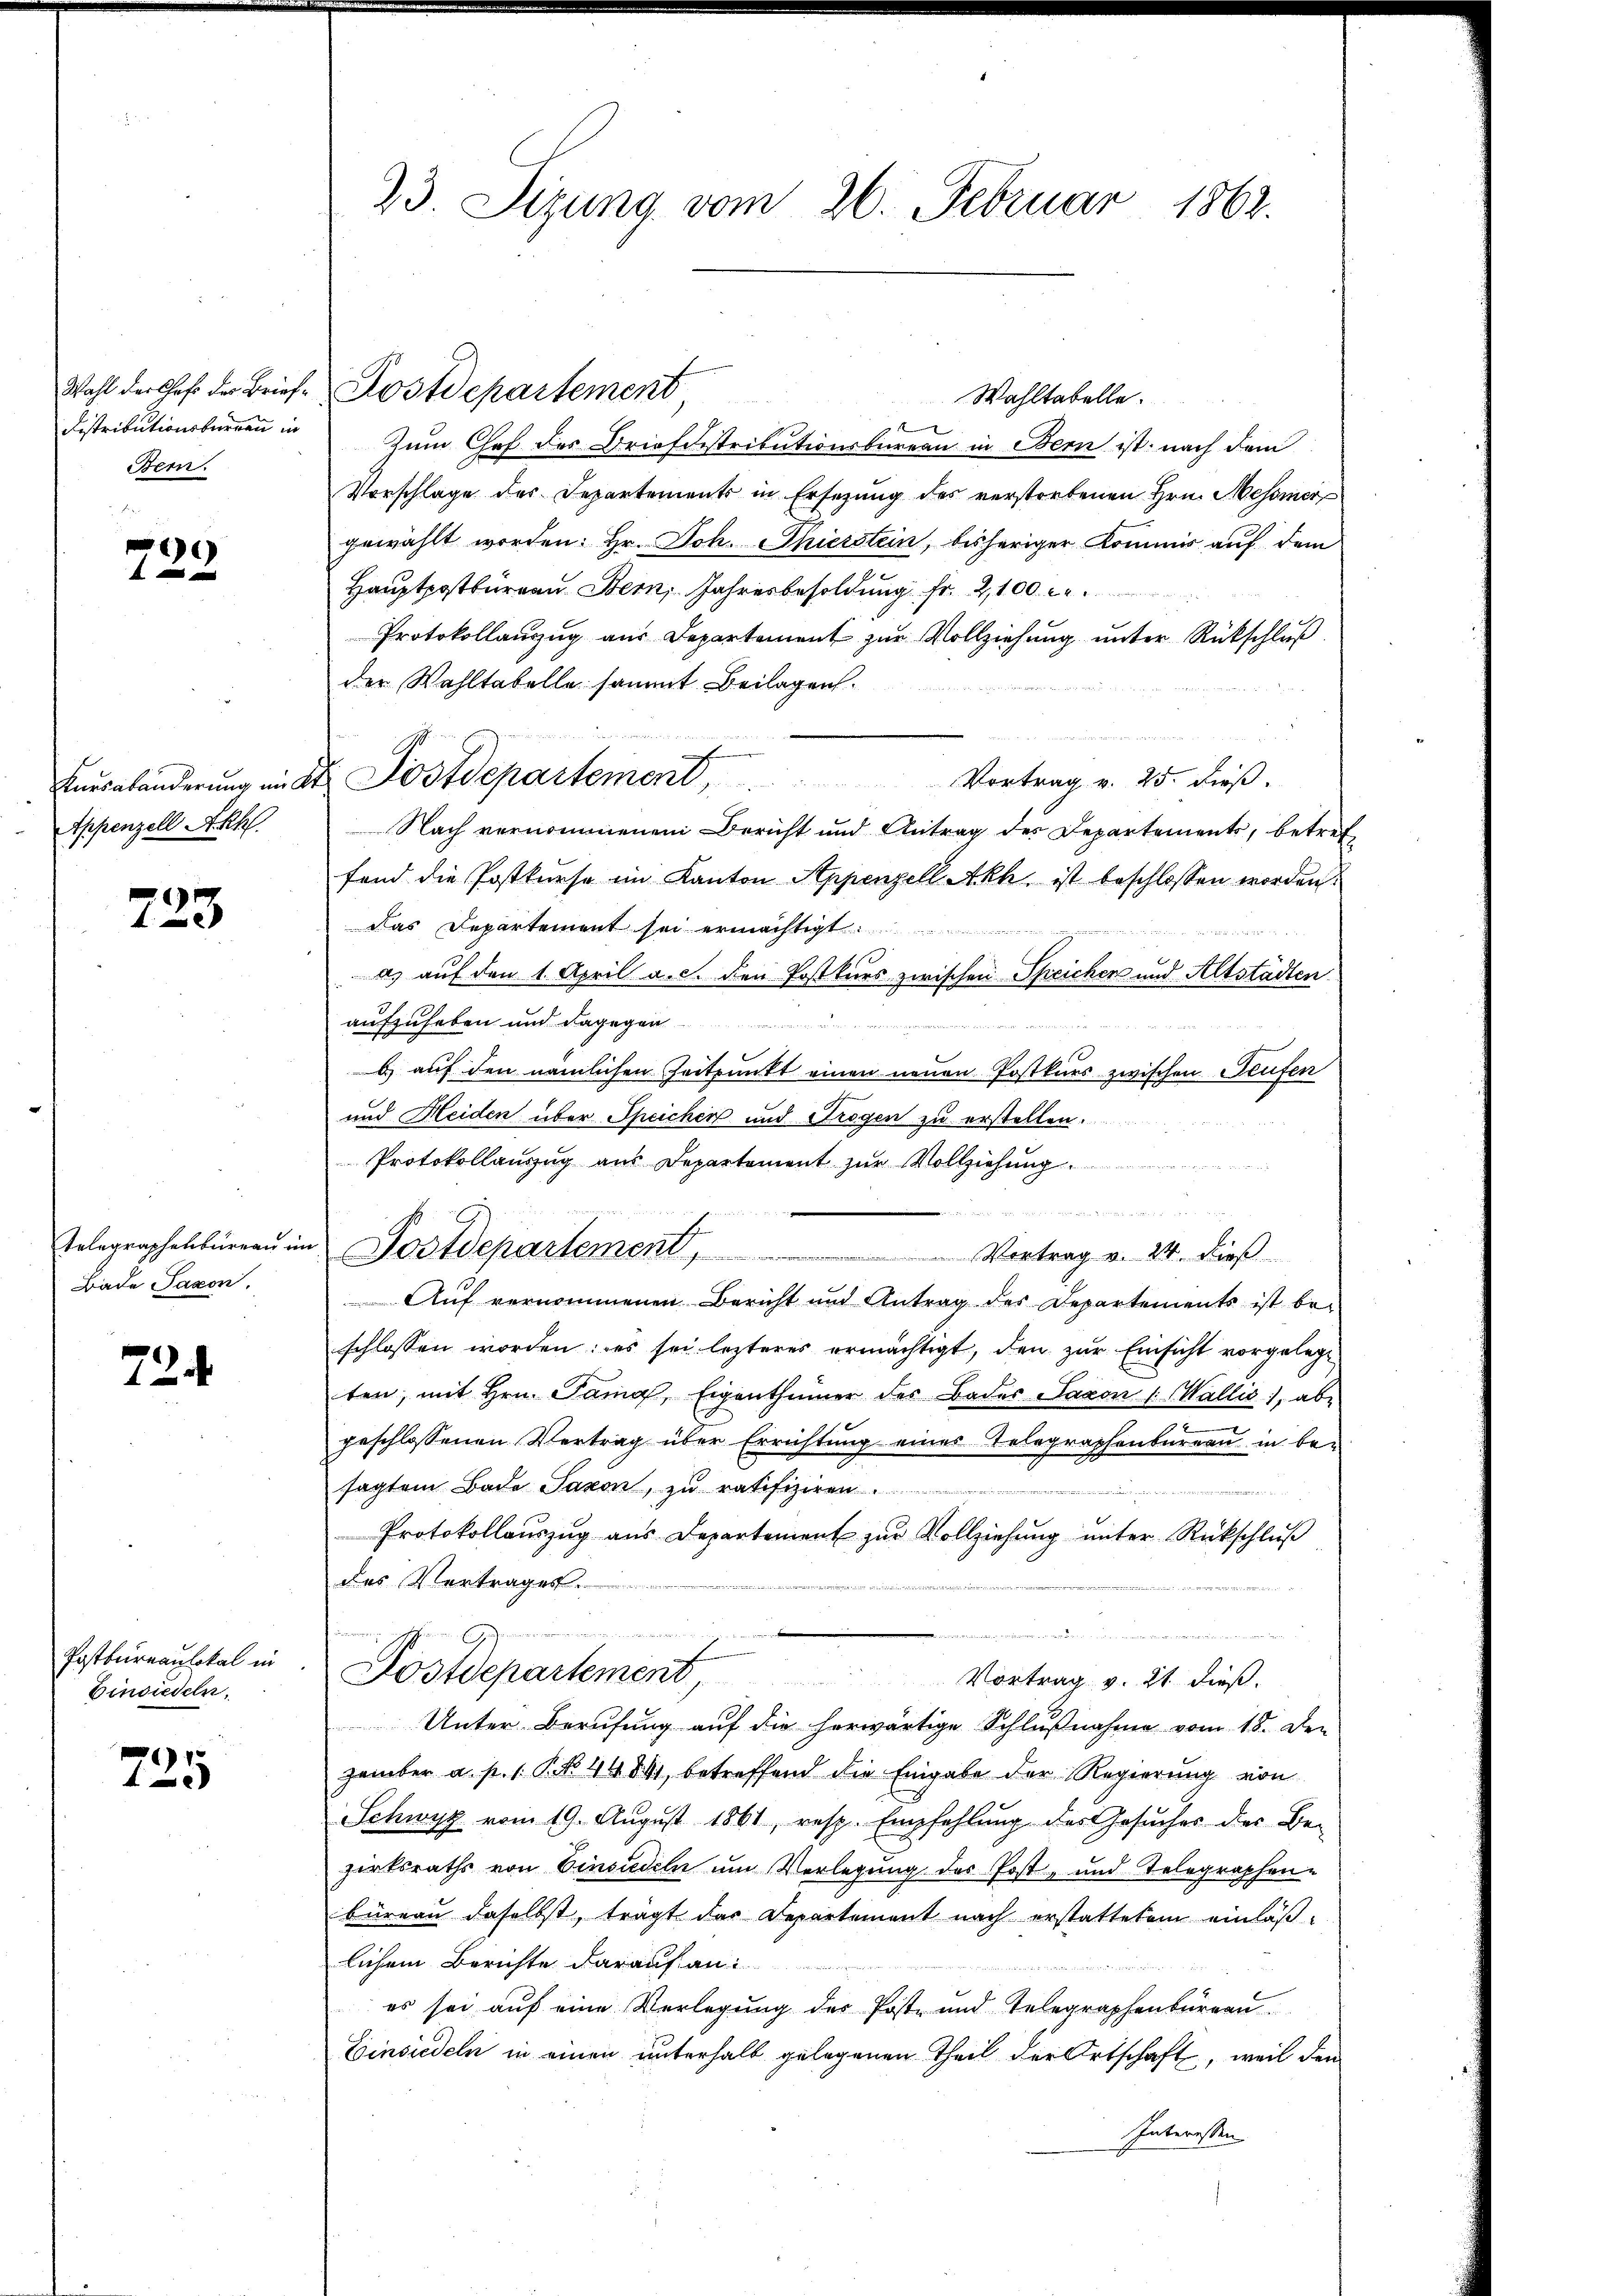
Distributionsbürgen in
Bern.

)

Appenzell A.Rh.

723.

Telegraphenbureau im
Bade Saxon.

72.

Postbureaulokal in
Einsiedeln,

725

23 Sizung vom 26. Februar 1862.

Wahl der Chef der Brief Postdepartement
Wahltabelle.

zum Chef des Briefdistributionsbüreau in Bern ist, nach dem
Vorschlage des Departements in Ersezung des verstorbenen Hrn. Messier
gewählt worden: Hr. Joh. Thierstein, bisheriger Kommis auf dem
Hauptpostbürgen Bern, Jahresbesoldung Fr. 2100 r.
Protokollanzug aus Departement zur Vollziehung unter Rückschlŭβ
der Wahltabelle sammt Beilagen.
Vortrag v. 25. dieß.
Nach vernommenen Bericht und Antrag des Departements, betreffand die Postkurse im Kanton Appenzell Akh ist beschlossen worden.
Das Departement sei ermächtigt.
as auf den 1. April a. c. den Postkurs zwischen Speichen und Altstadten
aufzuheben und dagegen
b) auf den nämlichen Zeitpunkt einen neuen Postkurs zwischen Stufen
und Heiden über Speichen und Trogen zu erstellen.
Protokollauszug aus Departement zur Vollziehung
a¬
Postdepartement, Vortrag v. 24. dieβ
Auf vernommenen Bericht und Antrag des Departements ist bei
schlossen worden; es sei lezteres ermächtigt, den zur Einsicht vorgelege
ten, mit Hrn. Sama, Eigenthümer des Bades Saxon : Wallis, ab-
¬
geschlossenen Vertrag über Errichtung eines Telegraphenbureau in besagtem Bade Saxon, zu ratifiziren.
Protokollauszug aus Departement zŭr Vollziehŭng ŭnter Rückschlŭβ
des Vertrages.

e
Postdepartement Vortrag v. 21. dieß.
Unter Berufung auf die herwärtige Schlußnahme vom 18. De-
zember a. p. 1. P. N. 44841, betreffend die Eingabe der Regierŭng von
Schwyz vom 19. Aŭgŭst 1861, resp. Empfehlŭng des Gesŭcher der Be-
zirksraths von Einsiedeln um Verlegung des Post- und Telegraphen-
büreau daselbst, trägt das Departement nach erstattetem einläß-
lichem Berichte darauf an:
es sei auf eine Verlegung des Poste und Telegraphenbüreau
Einsiedeln in einen unterhalb gelegenen Theil der Ortschaft, weil den
Interessen

Enesabänderŭng in St. Postdepartement,